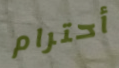
أحترام